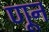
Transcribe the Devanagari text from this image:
णून